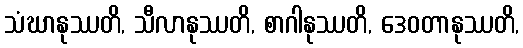
သံဃာနုဿတိ, သီလာနုဿတိ, စာဂါနုဿတိ, ဒေဝတာနုဿတိ,